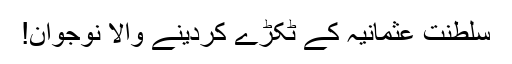
سلطنتِ عثمانیہ کے ٹکڑے کردینے والا نوجوان!